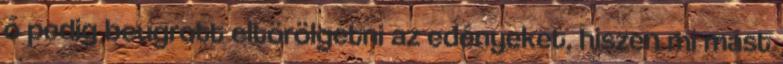
ő pedig beugrott eltörölgetni az edényeket, hiszen mi mást